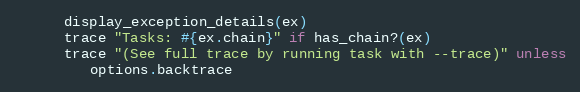
Language: Ruby
      display_exception_details(ex)
      trace "Tasks: #{ex.chain}" if has_chain?(ex)
      trace "(See full trace by running task with --trace)" unless
         options.backtrace